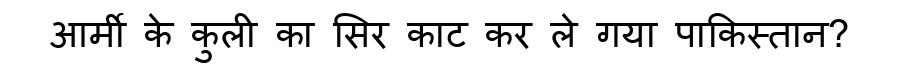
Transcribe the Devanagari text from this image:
आर्मी के कुली का सिर काट कर ले गया पाकिस्तान?